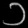
Digit: ၁